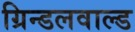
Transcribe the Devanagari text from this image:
ग्रिन्डलवाल्ड